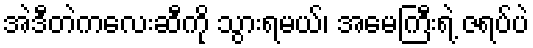
အဲဒီတဲကလေးဆီကို သွားရမယ်၊ အမေကြီးရဲ့ ဇရပ်ပဲ